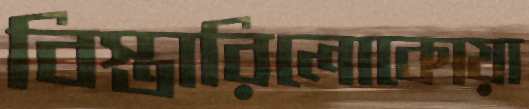
বিস্তারিলোকোয়া